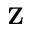
{ \bf Z }